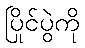
ပြိုင်ပွဲကို